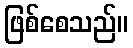
ဖြစ်စေသည်။